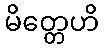
မိတ္တေဟိ